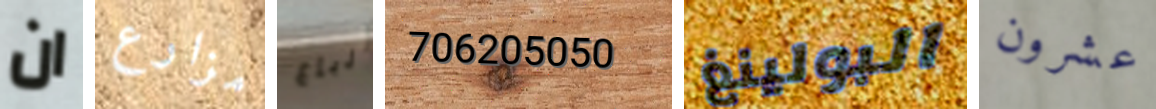
ان مزارع أرباع 706205050 البولينغ عشرون